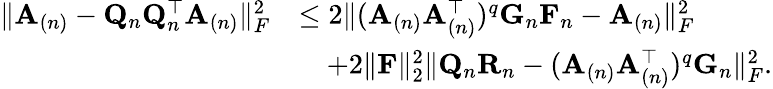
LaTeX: \begin{array}{rl}{\| \mathbf{A}_{(n)}-\mathbf{Q}_{n}\mathbf{Q}_{n}^{\top}\mathbf{A}_{(n)}\| _{F}^{2}}&{\leq 2\| (\mathbf{A}_{(n)}\mathbf{A}_{(n)}^{\top})^{q}\mathbf{G}_{n}\mathbf{F}_{n}-\mathbf{A}_{(n)}\| _{F}^{2}}\\ &{\quad+2\| \mathbf{F}\| _{2}^{2}\| \mathbf{Q}_{n}\mathbf{R}_{n}-(\mathbf{A}_{(n)}\mathbf{A}_{(n)}^{\top})^{q}\mathbf{G}_{n}\| _{F}^{2}.}\end{array}